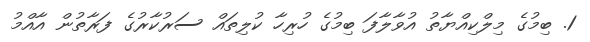
1. ބިމުގެ މިލްކިއްޔާތު އުވާލާފަ ބިމުގެ ހުރިހާ ކުލިތައް ސަރުކާރުގެ ފަރާތުން އާއްމު